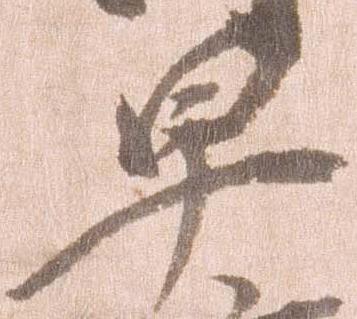
早